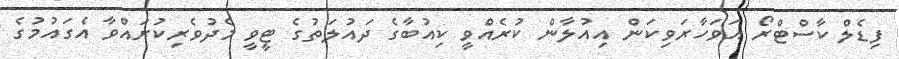
ފިޑެލް ކާސްޓްރޯ އަވަހާރަވިކަން އިއުލާން ކުރެއްވީ ކިއުބާގެ ދައުލަތުގެ ޓީވީ މެދުވެރިކުރައްވާ އެގައުމުގެ